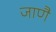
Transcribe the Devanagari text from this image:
जाणै